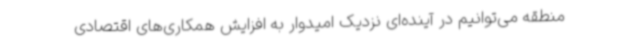
منطقه می‌توانیم در آینده‌ای نزدیک امیدوار به افزایش همکاری‌های اقتصادی